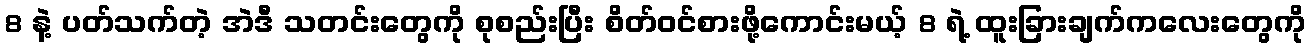
8 နဲ့ ပတ်သက်တဲ့ အဲဒီ သတင်းတွေကို စုစည်းပြီး စိတ်ဝင်စားဖို့ကောင်းမယ့် 8 ရဲ့ ထူးခြားချက်ကလေးတွေကို